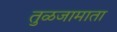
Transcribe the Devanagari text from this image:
तुळजामाता